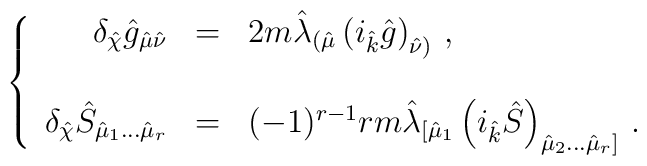
\left\{\begin{array}{rcl}\delta_{\hat{\chi}}\hat{g}_{\hat{\mu}\hat{\nu}} & = & 2m  \hat{\lambda}_{(\hat{\mu}}\left(i_{\hat{k}}\hat{g}\right)_{\hat{\nu})}\, ,\\& & \\\delta_{\hat{\chi}}\hat{S}_{\hat{\mu}_{1}\ldots\hat{\mu}_{r}} & = & (-1)^{r-1} rm  \hat{\lambda}_{[\hat{\mu}_{1}}\left(i_{\hat{k}}\hat{S}\right)_{\hat{\mu}_{2}\ldots\hat{\mu}_{r}]}\, .\\\end{array}\right.